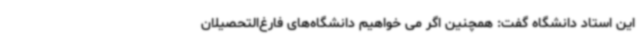
این استاد دانشگاه گفت: همچنین اگر می خواهیم دانشگاه‌های فارغ‌التحصیلان